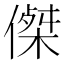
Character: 𠎀